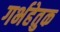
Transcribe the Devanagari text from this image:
गर्भहेतुक